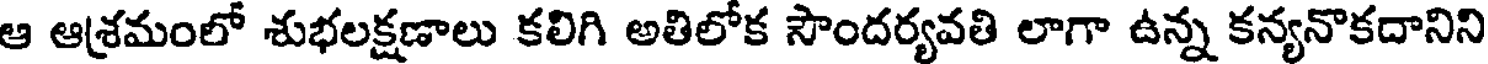
ఆ ఆశ్రమంలో శుభలక్షణాలు కలిగి అతిలోక సౌందర్యవతి లాగా ఉన్న కన్యనొకదానిని